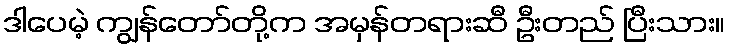
ဒါပေမဲ့ ကျွန်တော်တို့က အမှန်တရားဆီ ဦးတည် ပြီးသား။